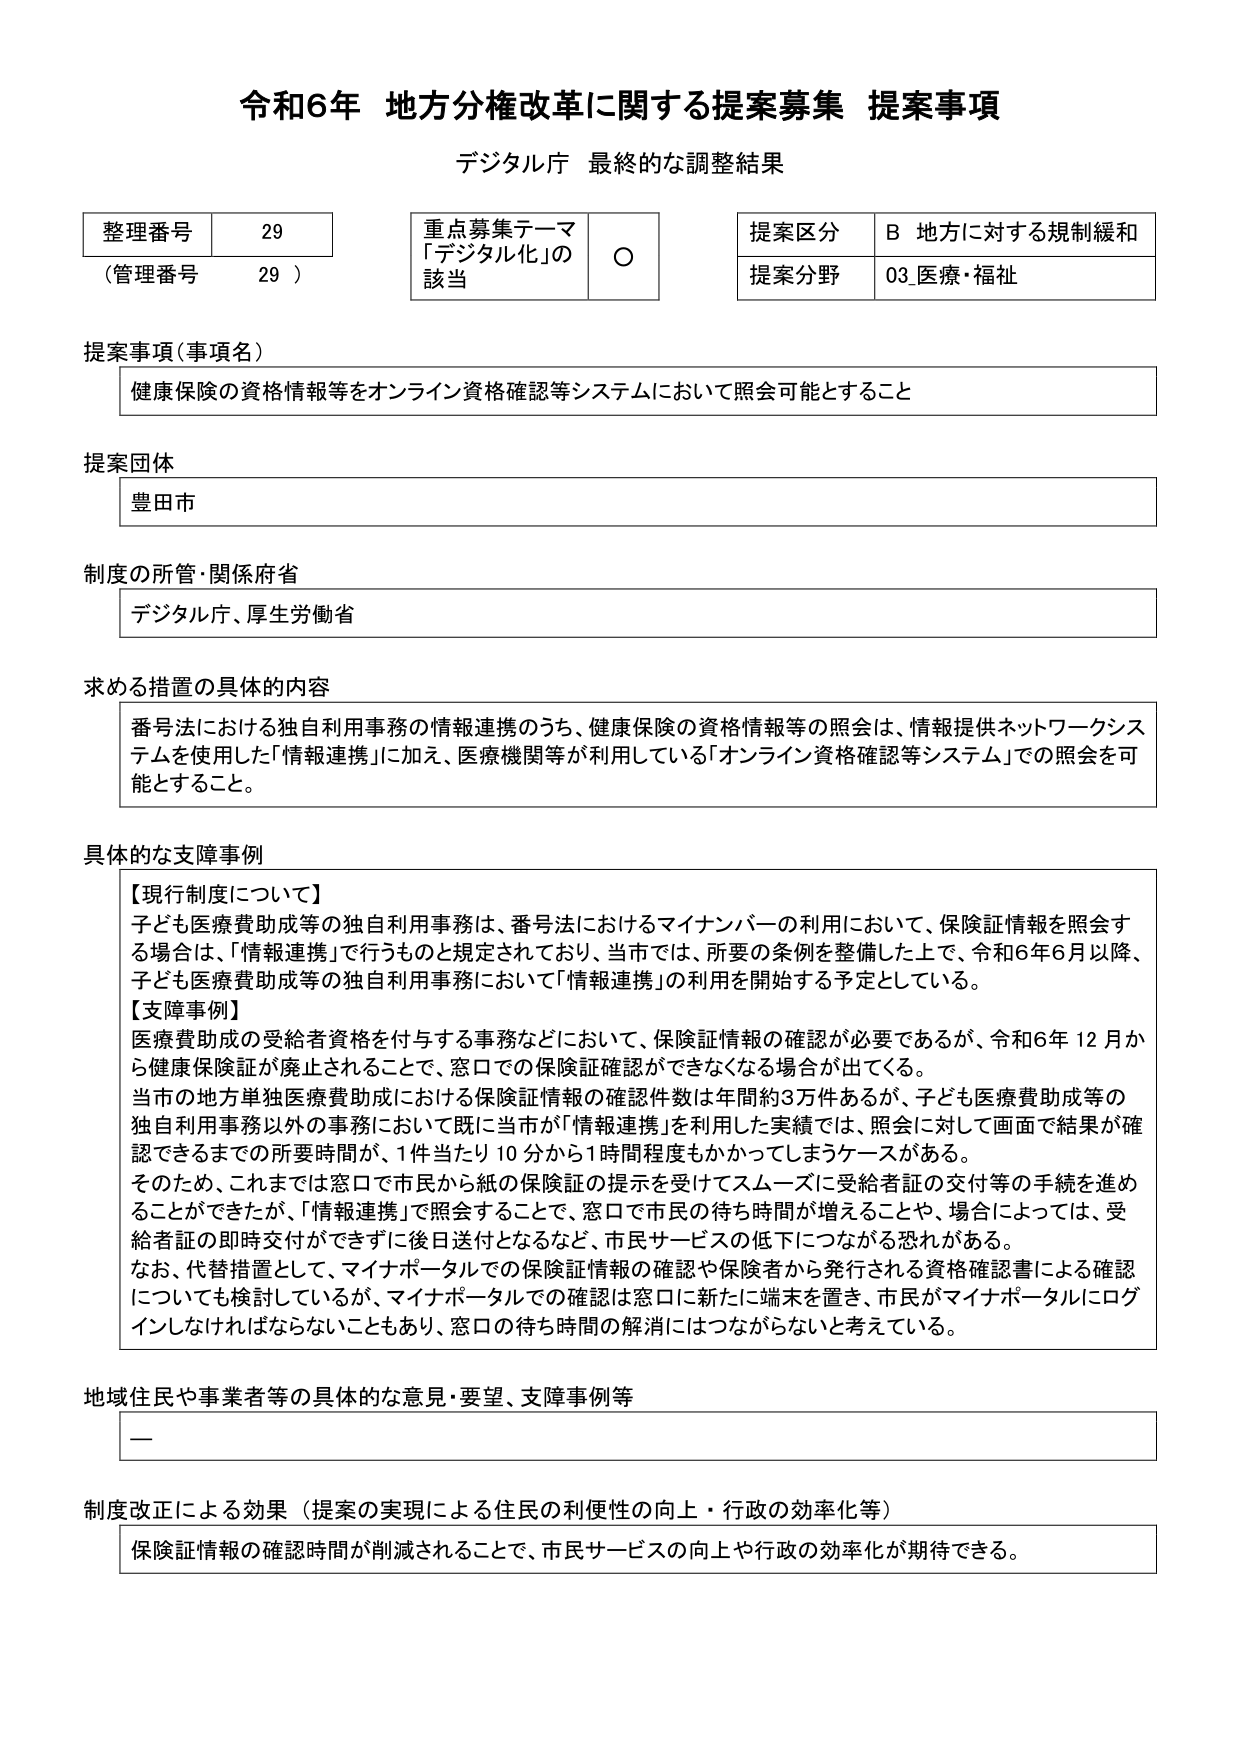
令和6年 地方分権改革に関する提案募集 提案事項
デジタル庁 最終的な調整結果

整理番号 29
（管理番号 29）

重点募集テーマ
「デジタル化」の該当 ○

提案区分 B 地方に対する規制緩和
提案分野 03 医療・福祉

提案事項（事項名）
健康保険の資格情報等をオンライン資格確認等システムにおいて照会可能とすること

提案団体
豊田市

制度の所管・関係府省
デジタル庁、厚生労働省

求める措置の具体的内容
番号法における独自利用事務の情報連携のうち、健康保険の資格情報等の照会は、情報提供ネットワークシステムを使用した「情報連携」に加え、医療機関等が利用している「オンライン資格確認等システム」での照会を可能とすること。

具体的な支障事例
【現行制度について】
子ども医療費助成等の独自利用事務は、番号法におけるマイナンバーの利用において、保険証情報を照会する場合は、「情報連携」で行うものと規定されており、当市では、所要の条例を整備した上で、令和6年6月以降、子ども医療費助成等の独自利用事務において「情報連携」の利用を開始する予定としている。
【支障事例】
医療費助成の受給者資格を付与する事務などにおいて、保険証情報の確認が必要であるが、令和6年12月から健康保険証が廃止されることで、窓口での保険証確認ができなくなる場合が出てくる。
当市の地方単独医療費助成における保険証情報の確認件数は年間約3万件あるが、子ども医療費助成等の独自利用事務以外の事務において既に当市が「情報連携」を利用した実績では、照会に対して画面で結果が確認できるまでの所要時間が、1件当たり10分から1時間程度もかかってしまうケースがある。
そのため、これまでは窓口で市民から紙の保険証の提示を受けてスムーズに受給者証の交付等の手続を進めることができてきたが、「情報連携」で照会することで、窓口で市民の待ち時間が増えることや、場合によっては、受給者証の即時交付ができずに後日送付となるなど、市民サービスの低下につながる恐れがある。
なお、代替措置として、マイナポータルでの保険証情報の確認や保険者から発行される資格確認書による確認についても検討しているが、マイナポータルでの確認は窓口に新たに端末を置き、市民がマイナポータルにログインしなければならないこともあり、窓口の待ち時間の解消にはつながらないと考えている。

地域住民や事業者等の具体的な意見・要望、支障事例等
—

制度改正による効果（提案の実現による住民の利便性の向上・行政の効率化等）
保険証情報の確認時間が削減されることで、市民サービスの向上や行政の効率化が期待できる。